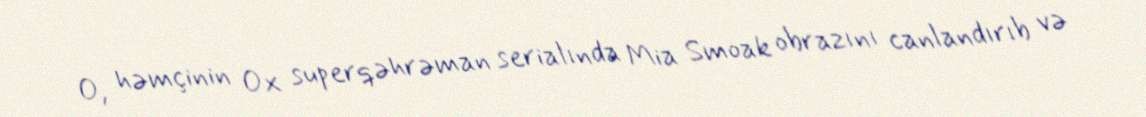
O, həmçinin Ox superqəhrəman serialında Mia Smoak obrazını canlandırıb və